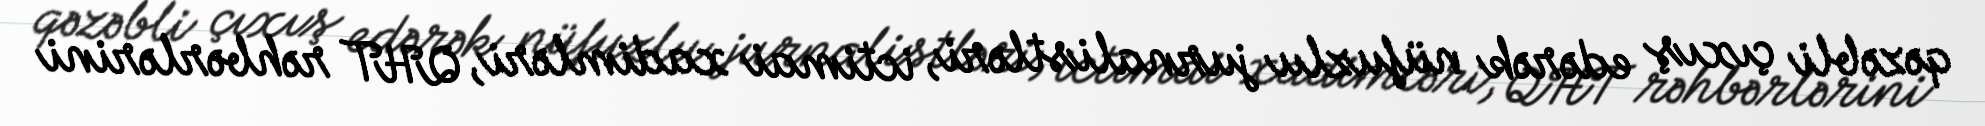
qəzəbli çıxış edərək nüfuzlu jurnalistləri, ictimai xadimləri, QHT rəhbərlərini